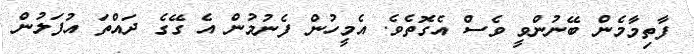
ފާތިމާމެން ބޭނުންވީ ވެސް އެގޮތެވެ. އެމީހުން ފެނުމުން އެ ގޭގެ ދައްތަ އުފަލުން